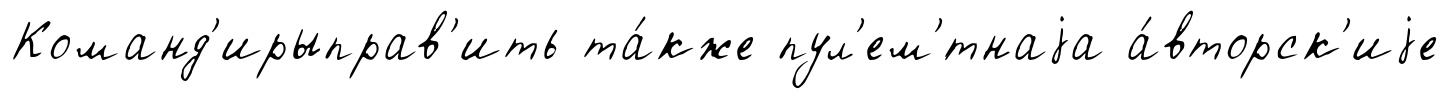
Команд'ирыправ'ить та́кже пул'ем'́тнаjа а́вторск'иjе